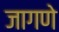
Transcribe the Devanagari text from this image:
जागणे